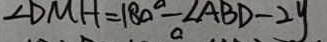
\angle D M H = 1 8 0 ^ { \circ } - \angle A B D - 2 y